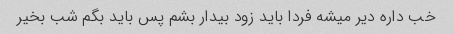
خب داره دیر میشه فردا باید زود بیدار بشم پس باید بگم شب بخیر